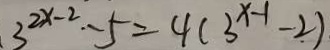
3 ^ { 2 x - 2 } - 5 = 4 ( 3 ^ { x - 1 } - 2 )